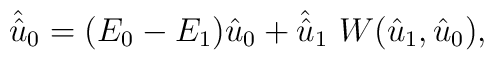
\hat{\hat{u}}_0= (E_0-E_1)\hat{u}_0 + \hat{\hat{u}}_1{}~W(\hat{u}_1,\hat{u}_0),